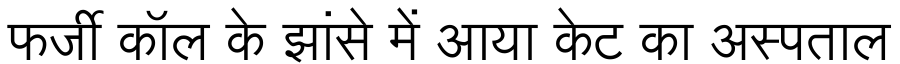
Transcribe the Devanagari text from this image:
फर्जी कॉल के झांसे में आया केट का अस्पताल